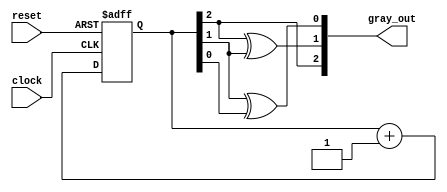

module gray_counter2(
	input clock,
	input reset,
	output [2:0] gray_out
);

	reg [2:0] bin_counter;

	always @(posedge clock or negedge reset) begin
		if(~reset)
			bin_counter <= 0;
		else
			bin_counter <= bin_counter + 1;
	end

	assign gray_out[2] = bin_counter[2];
	assign gray_out[1] = bin_counter[2] ^ bin_counter[1];
	assign gray_out[0] = bin_counter[1] ^ bin_counter[0];

endmodule